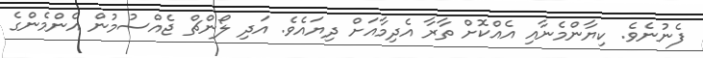
ފެނުނެވެ. ކިޔާންމެނާއި އެއްކޮށް ތާރާ އެދިމާއަށް ދިޔައެވެ. އަދި ލޯންޗް ޖެއްސުމުން އެންމެންގެ